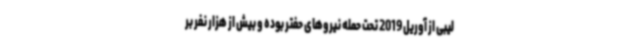
لیبی از آوریل 2019 تحت حمله نیروهای حفتر بوده و بیش از هزار نفر بر